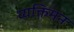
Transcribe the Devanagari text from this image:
व्यक्तिमन